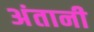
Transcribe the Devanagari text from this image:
अंतानी